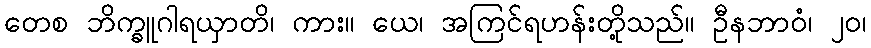
တေစ ဘိက္ခူဂါရယှာတိ၊ ကား။ ယေ၊ အကြင်ရဟန်းတို့သည်။ ဦနဘာဝံ၊ ၂၀၊